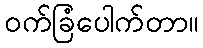
ဝက်ခြံပေါက်တာ။